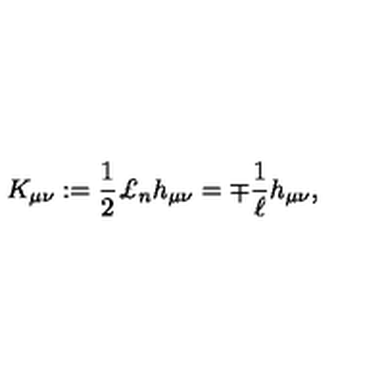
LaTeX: K _ { \mu \nu } : = \frac { 1 } { 2 } \mathrm { \pounds } _ { n } h _ { \mu \nu } = \mp \frac { 1 } { \ell } h _ { \mu \nu } ,